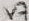
Text: V7